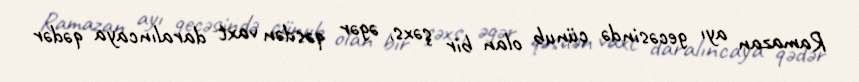
Ramazan ayı gecəsində cünub olan bir şəxs, əgər qəsdən vaxt daralıncaya qədər